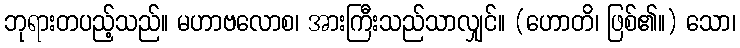
ဘုရားတပည့်သည်။ မဟာဗလောစ၊ အားကြီးသည်သာလျှင်။ (ဟောတိ၊ ဖြစ်၏။) သော၊